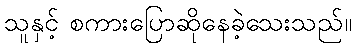
သူနှင့် စကားပြောဆိုနေခဲ့သေးသည်။